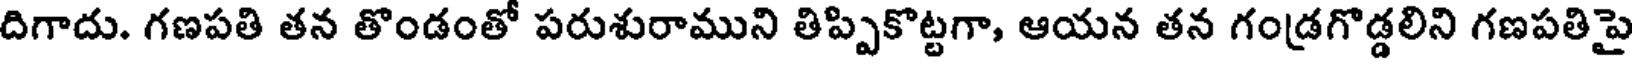
దిగాదు. గణపతి తన తొండంతో పరుశురాముని తిప్పికొట్టగా, ఆయన తన గండగొడ్డలిని గణపతిపై